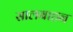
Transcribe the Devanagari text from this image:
सालबाहन